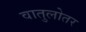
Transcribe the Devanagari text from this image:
वातुलोतर